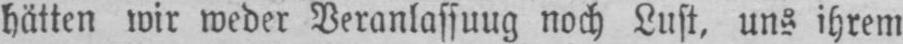
hätten wir weder Veranlassuug noch Lust, uns ihrem